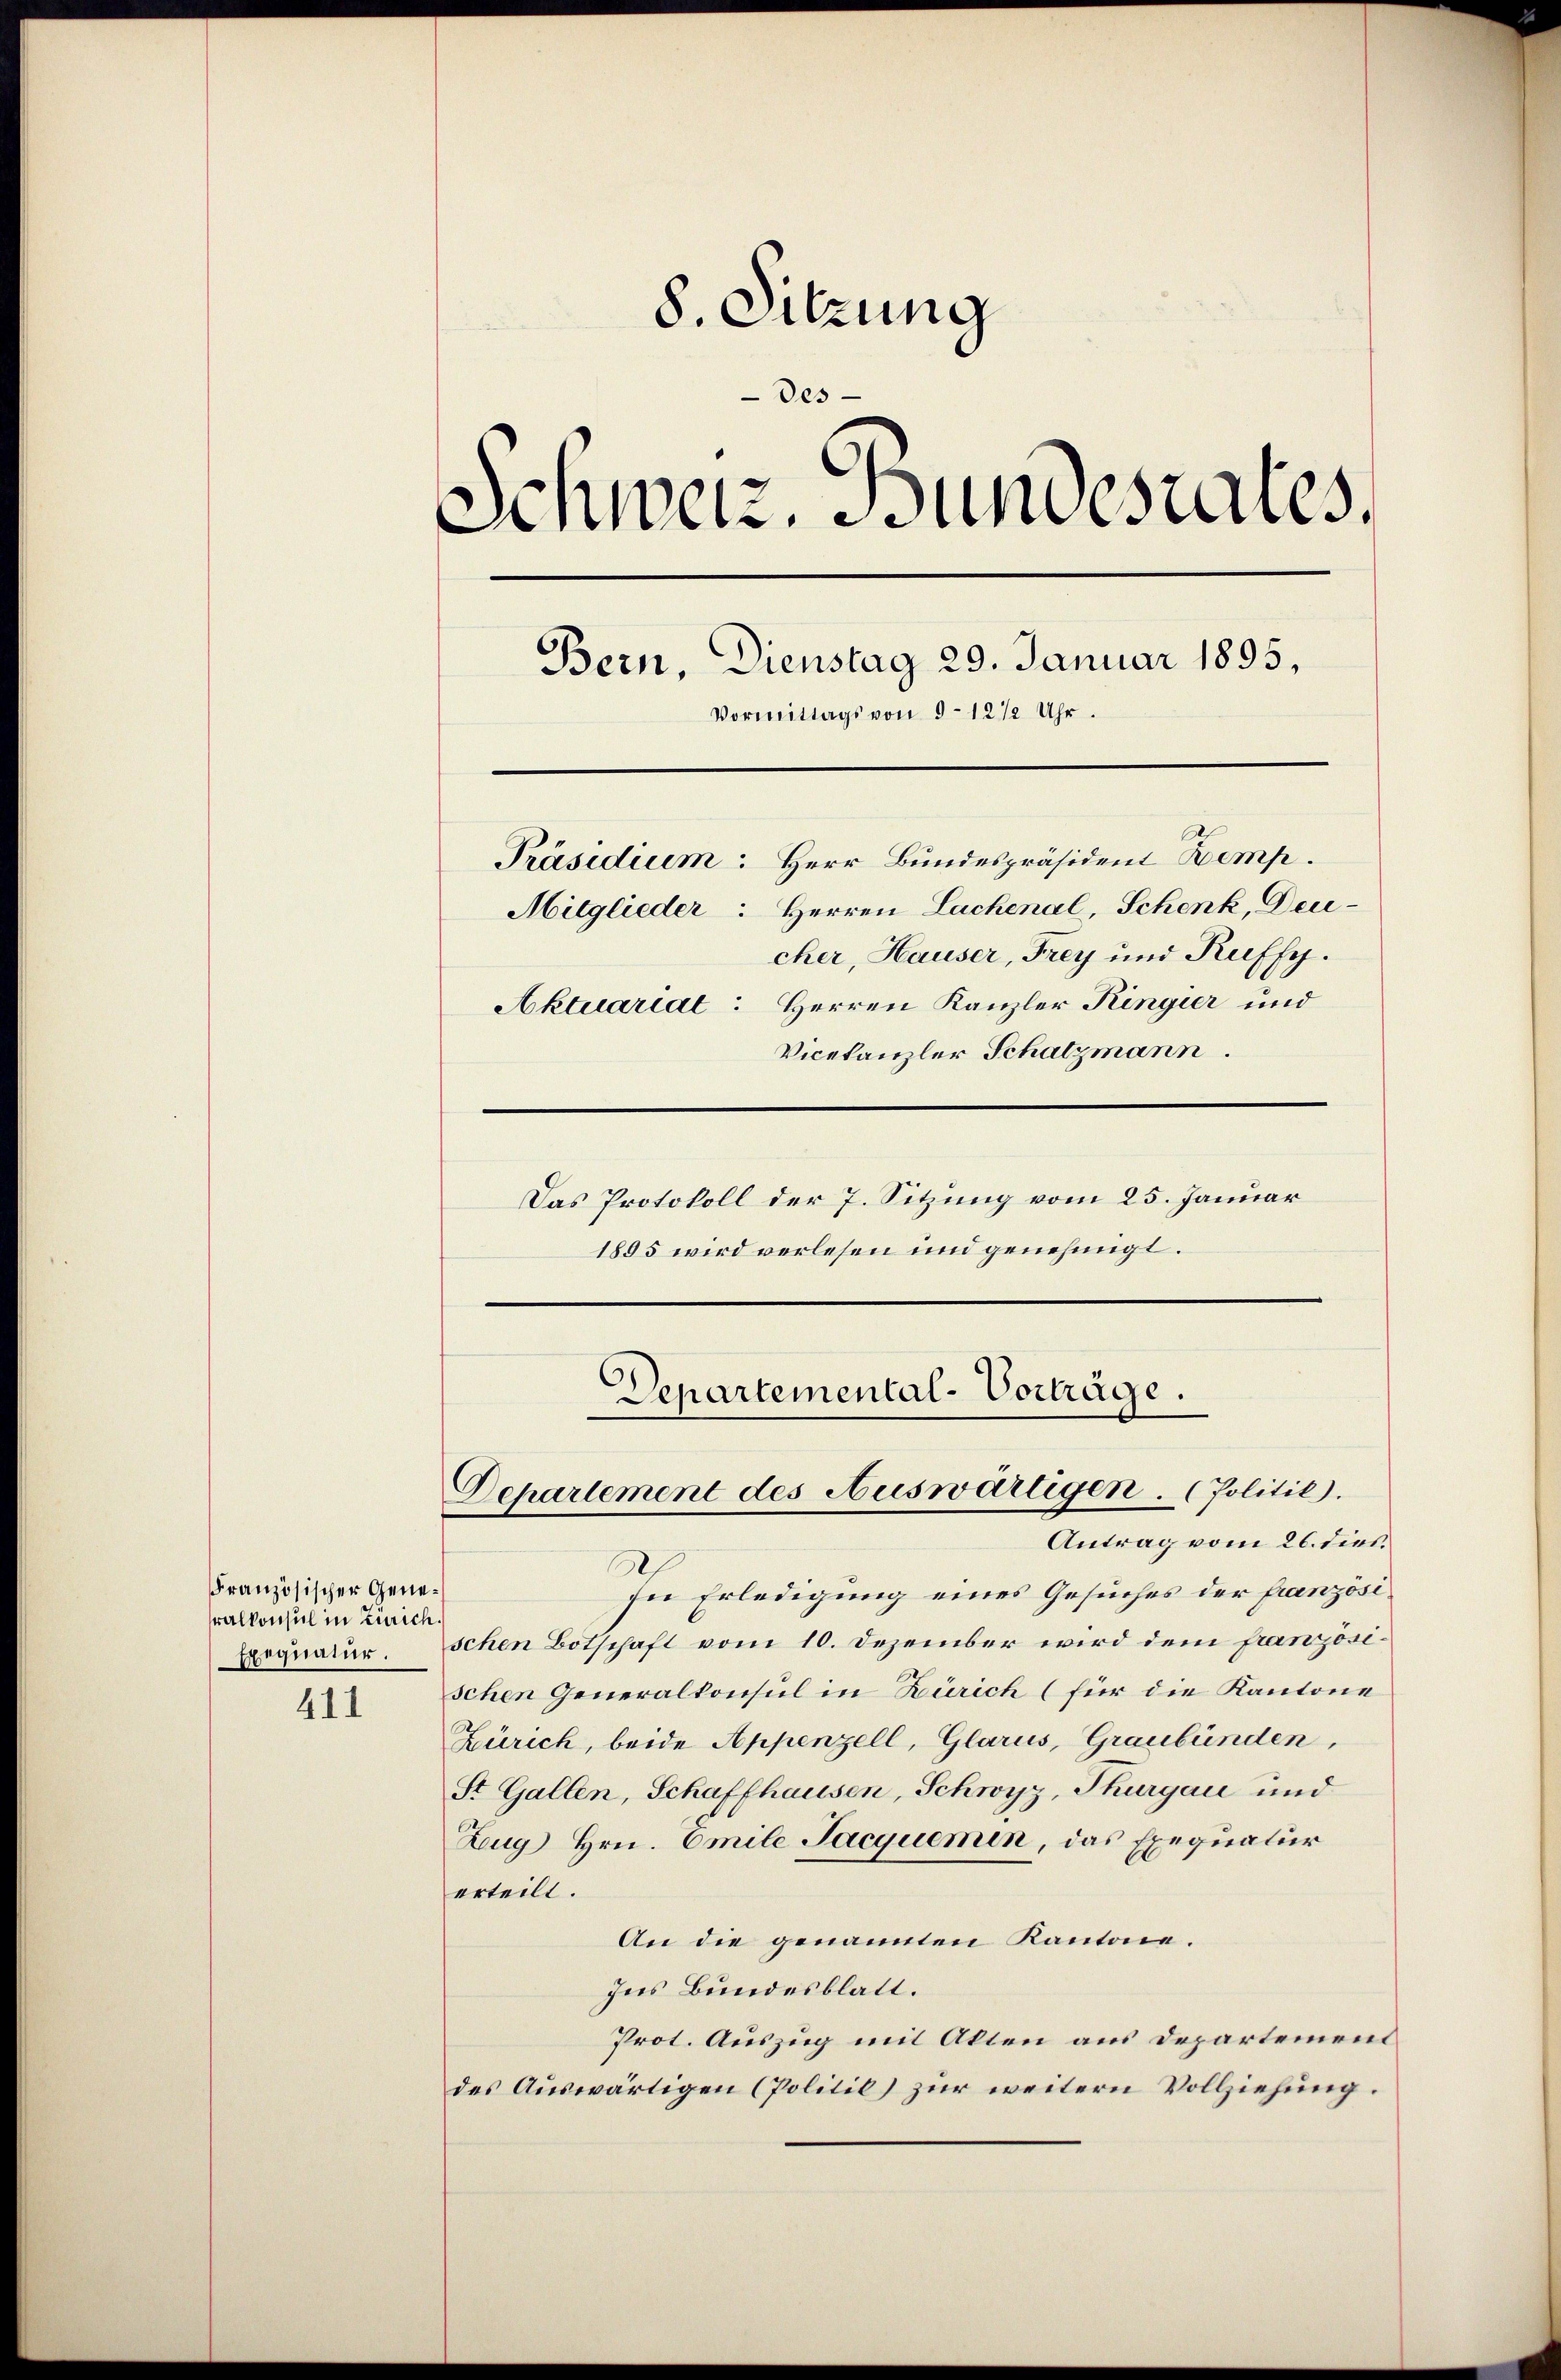
Französischer Generalkonsul in Zürich
Exequatur.

411

8. Sitzung
Des
Schweiz. Bundesrates
Bern, Dienstag 29. Januar 1895,
Vormittags von 9-12 1/2 Uhr.
Präsidium. Herr Bundespräsident Zemp.
Mitglieder: Herren Lachenal, Schenk, Deu
cher, Hauser, Frey und Kuffy.
Aktuariat: Herren Kanzler Ringier und
Vicekanzler Schatzmann.

Das Protokoll der 7. Sitzung vom 25. Januar
1895 wird verlesen und genehmigt.

Departemental-Vorträge.
Departement des Auswärtigen. (Politik.
Antrag vom 26. dies

S
sie Erledigung eines Gesuches der Französischen Botschaft vom 10. Dezember wird dem französischen Generalkonsul in Zürich (für die Kantone
Zürich, beide Appenzell, Glarus, Graubünden,
St. Gallen, Schaffhausen, Schwyz, Thurgau und
Zug Hrn. Emile Jacquemen, das Exequatur
erteilt.
An die genannten Kantone.
Ins Bundesblatt.
Prot. Auszug mit Akten aus Departement
des Auswärtigen (Politil) zur weitern Vollziehung.